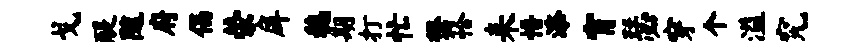
戈醍随府倡荣戽稳期打忙樊恰耒悟添宵瑟穿个溢究